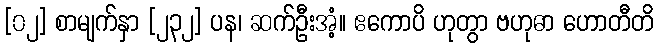
[၀၂] စာမျက်နှာ [၂၃၂] ပန၊ ဆက်ဦးအံ့။ ဧကောပိ ဟုတွာ ဗဟုဓာ ဟောတီတိ